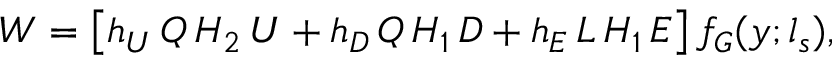
W = \left[ h _ { U } \, Q \, H _ { 2 } \, U + h _ { D } \, Q \, H _ { 1 } \, D + h _ { E } \, L \, H _ { 1 } \, E \right] f _ { G } ( y ; l _ { s } ) ,